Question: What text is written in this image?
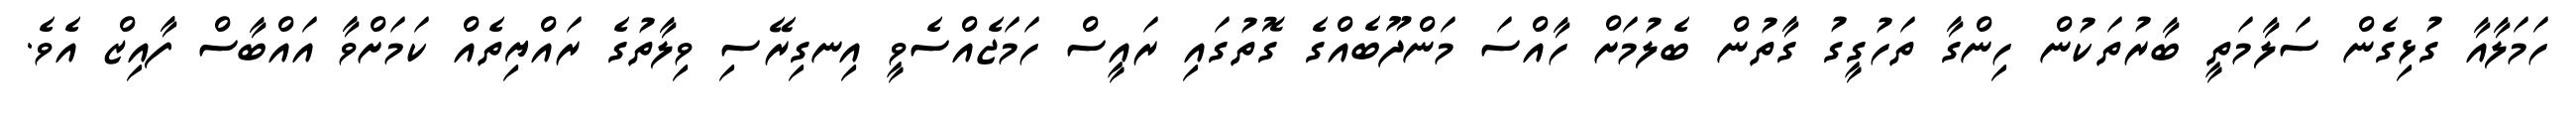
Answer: ހަމަލާއާ ގުޅިގެން ސަލާމަތީ ބާރުތަކުން ހިންގާ ތަހުގީގު ގާތުން ބެލުމަށް ހާއްސަ މަންދޫބެއްގެ ގޮތުގައި ރައީސް ހަމަޖެއްސެވީ އިނގިރޭސި ވިލާތުގެ ރައްޔިތެއް ކަމަށްވާ އައްބާސް ފާއިޒް އެވެ.